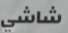
شاشي